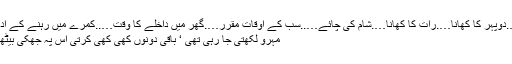
ناشتہ….دوپہر کا کھانا….رات کا کھانا….شام کی چائے…..سب کے اوقات مقرر….گھر میں داخلے کا وقت…..کمرے میں رہنے کے آداب…..
مہرو لکھتی جا رہی تھی ‘ باقی دونوں کھی کھی کرتی اس پہ جھکی بیٹھی تھیں۔